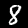
Label: 8